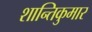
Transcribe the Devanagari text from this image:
शान्तिकुमार